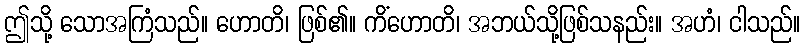
ဤသို့ သောအကြံသည်။ ဟောတိ၊ ဖြစ်၏။ ကိံဟောတိ၊ အဘယ်သို့ဖြစ်သနည်း။ အဟံ၊ ငါသည်။